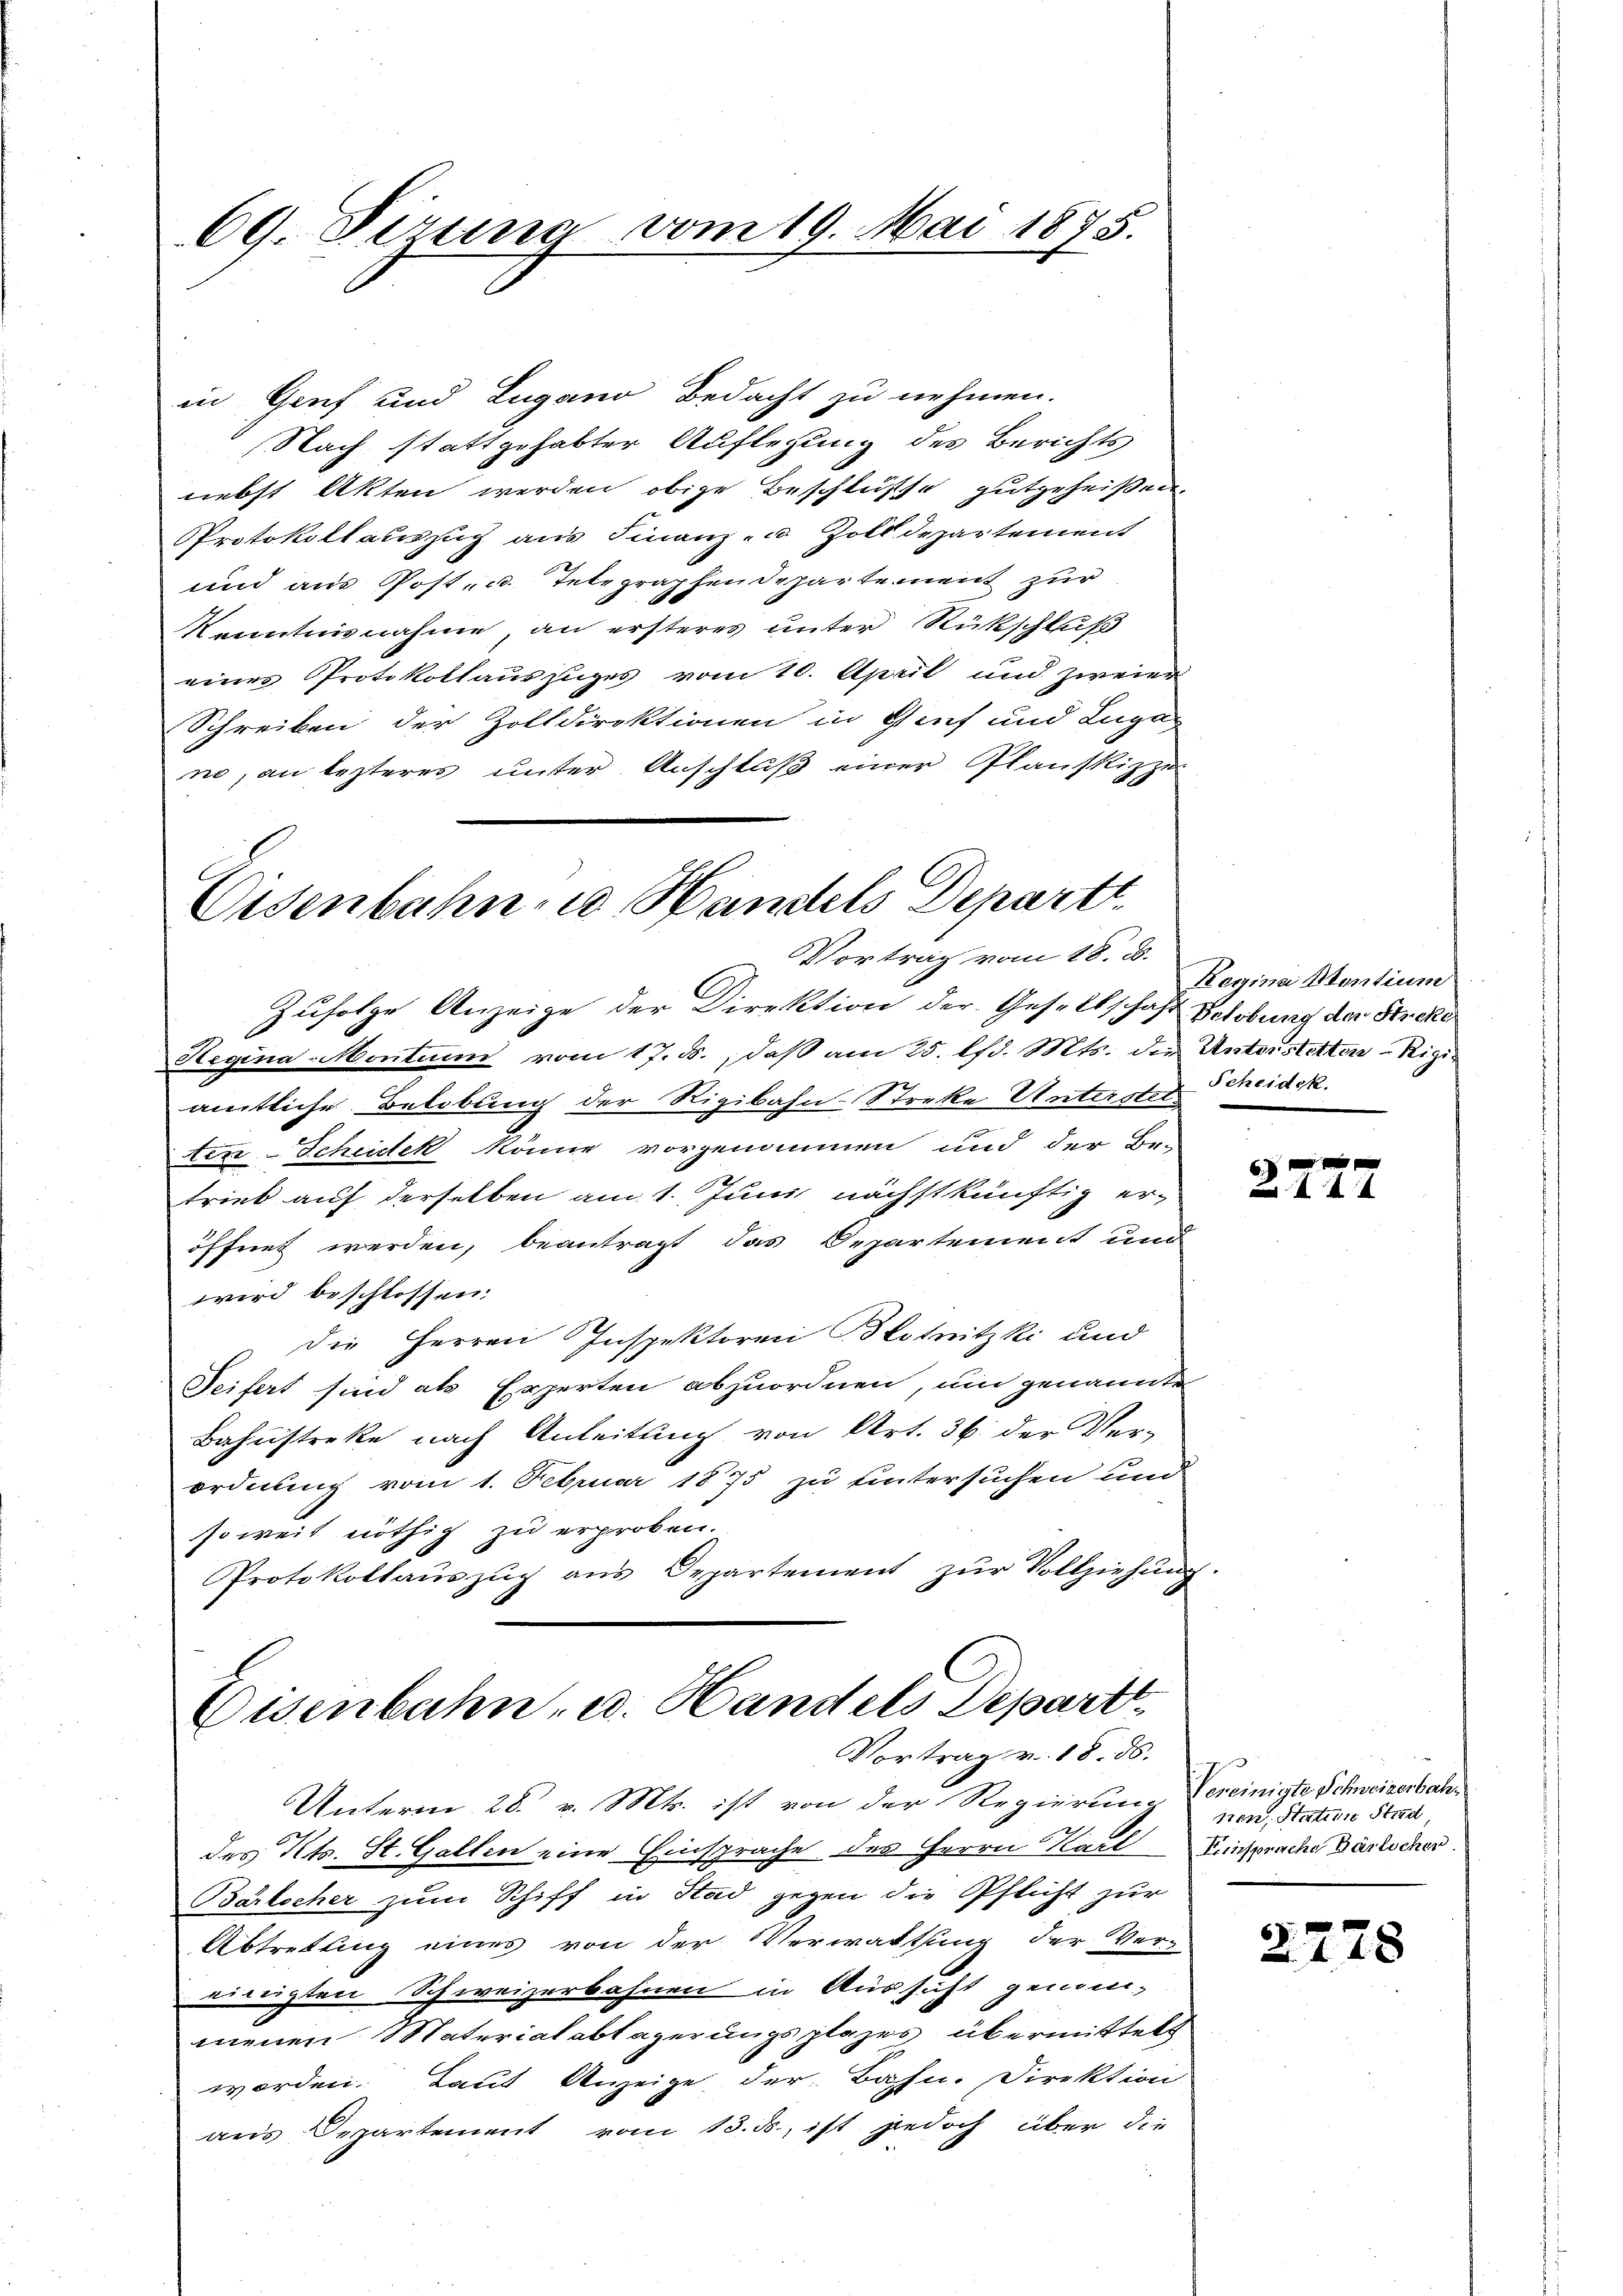
69. Sirung vom 19. Mai 1875.

in Genf und Lugano Bedacht zu nehmen.
Nach stattgehabter Auflegung des Berichts
nebst Akten werden obige Beschlusse gutgeheißen.
PProtokollauszug aus Finanz- u. Zolldepartement
und aus Post- u. Telegraphen Departement zur
Kenntnisnahme, an ersteres unter Rückschluß
eines Protokollauszuges vom 20. April und zweier
Schreiben der Zolldirektionen in Genf und Luga
no, an lezteres unter Anschluß einer Planskizzen
C

Oisenbahn u Handels Departt.
Vortrag vom 18. d.

Zufolge Anzeige der Direktion der Gesellschaft Velobung der Streke
Hegina-Montum vom 17. ds., daß am 25. d. Mts. die Unterstetten - Rigiamtliche Belobung der Rigibahn-Streke Unterstettere Scheidek könne vorgenommen und der Be-
trieb auf derselben am 1. Juni nächstkünftig er-
öffnet werden, beantragt das Departement und
wird beschlossen:
die Herren Inspektoren Blotnitzki und
Seifert sind als Experten abzuordnen, um genannte
Bahnstreke nach Anleitung von Art. 36. der Ver-
ordnung vom 1. Februar 1875 zu untersuchen und
soweit nöthig zu erproben.
Protokollaŭszŭg ans Departement zŭr Vollziehŭng.
Eisenbahn, u. Handels Depart.

Vortrag v. 18. ds.

Regina Stentium
Scheidek.

Unterm 28. v. Mts. ist von der Regierung bereinigte Schweizerbahdes Kts. St. Gallen eine Einsprache des Herrn Karl Einsprache Bärlicher
Bärlicher zum Schiff in Stad gegen die Pflicht zur
Abtretung eines von der Verwaltung der Ver-
einigten Schweizerbahnen in Aussicht genom-
menen Materialablagerungsplazes übermittels
worden. Laut Anzeige der Bahn. Direktion
aus Departement vom 13. ds., ist jedoch über die

6 f 0 x

nen, Station Stied,

2778